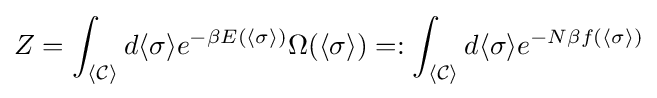
Z=\int _{\langle {\mathcal {C}}\rangle }d\langle \sigma \rangle e^{-\beta E(\langle \sigma \rangle )}\Omega (\langle \sigma \rangle )=:\int _{\langle {\mathcal {C}}\rangle }d\langle \sigma \rangle e^{-N\beta f(\langle \sigma \rangle )}